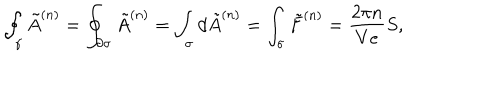
\oint _ { \gamma } \tilde { A } ^ { ( n ) } = \oint _ { \partial \sigma } \tilde { A } ^ { ( n ) } = \int _ { \sigma } d \tilde { A } ^ { ( n ) } = \int _ { \sigma } \tilde { F } ^ { ( n ) } = \frac { 2 \pi n } { V e } S ,